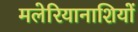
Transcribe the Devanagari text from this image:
मलेरियानाशियों